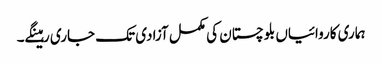
ہماری کاروائیاں بلوچستان کی مکمل آزادی تک جاری رہینگے۔